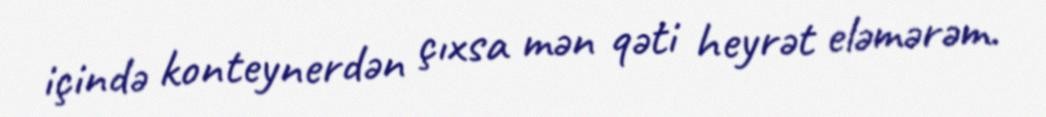
içində konteynerdən çıxsa mən qəti heyrət eləmərəm.